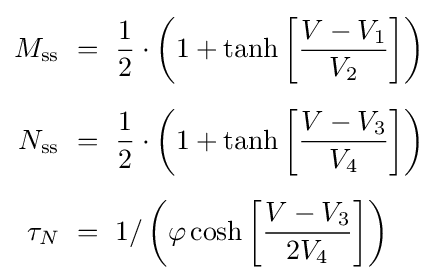
{\begin{aligned}M_{\mathrm {ss} }&~=~{\frac {1}{2}}\cdot \left(1+\tanh \left[{\frac {V-V_{1}}{V_{2}}}\right]\right)\\[5pt]N_{\mathrm {ss} }&~=~{\frac {1}{2}}\cdot \left(1+\tanh \left[{\frac {V-V_{3}}{V_{4}}}\right]\right)\\[5pt]\tau _{N}&~=~1/\left(\varphi \cosh \left[{\frac {V-V_{3}}{2V_{4}}}\right]\right)\end{aligned}}